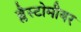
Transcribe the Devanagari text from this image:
ब्लैस्टोमीयर